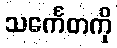
သင်္ကေတကို